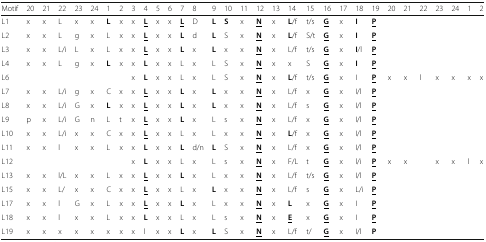
<table><thead><tr><td><b>Motif</b></td><td><b>20</b></td><td><b>21</b></td><td><b>22</b></td><td><b>23</b></td><td><b>24</b></td><td><b>1</b></td><td><b>2</b></td><td><b>3</b></td><td><b>4</b></td><td><b>5</b></td><td><b>6</b></td><td><b>7</b></td><td><b>8</b></td><td><b>9</b></td><td><b>10</b></td><td><b>11</b></td><td><b>12</b></td><td><b>13</b></td><td><b>14</b></td><td><b>15</b></td><td><b>16</b></td><td><b>17</b></td><td><b>18</b></td><td><b>19</b></td><td><b>20</b></td><td><b>21</b></td><td><b>22</b></td><td><b>23</b></td><td><b>24</b></td><td><b>1</b></td><td><b>2</b></td></tr></thead><tbody><tr><td>L1</td><td>x</td><td>x</td><td>L</td><td>x</td><td>x</td><td><b>L</b></td><td>x</td><td>x</td><td><b><underline>L</underline></b></td><td>x</td><td>x</td><td><b><underline>L</underline></b></td><td>D</td><td><b>L</b></td><td><b>S</b></td><td>x</td><td><b><underline>N</underline></b></td><td>x</td><td><b>L</b>/f</td><td>t/s</td><td><b><underline>G</underline></b></td><td>x</td><td><b>I</b></td><td><b><underline>P</underline></b></td><td>[EMPTY_CELL]</td><td>[EMPTY_CELL]</td><td>[EMPTY_CELL]</td><td>[EMPTY_CELL]</td><td>[EMPTY_CELL]</td><td>[EMPTY_CELL]</td><td>[EMPTY_CELL]</td></tr><tr><td>L2</td><td>x</td><td>x</td><td>L</td><td>g</td><td>x</td><td>L</td><td>x</td><td>x</td><td><b><underline>L</underline></b></td><td>x</td><td>x</td><td><b>L</b></td><td>d</td><td><b>L</b></td><td>S</td><td>x</td><td><b><underline>N</underline></b></td><td>x</td><td><b>L</b>/f</td><td>S/t</td><td><b><underline>G</underline></b></td><td>x</td><td><b>I</b></td><td><b><underline>P</underline></b></td><td>[EMPTY_CELL]</td><td>[EMPTY_CELL]</td><td>[EMPTY_CELL]</td><td>[EMPTY_CELL]</td><td>[EMPTY_CELL]</td><td>[EMPTY_CELL]</td><td>[EMPTY_CELL]</td></tr><tr><td>L3</td><td>x</td><td>x</td><td>L/i</td><td>L</td><td>x</td><td>L</td><td>x</td><td>x</td><td><b><underline>L</underline></b></td><td>x</td><td>x</td><td><b>L</b></td><td>x</td><td><b>L</b></td><td>x</td><td>x</td><td><b><underline>N</underline></b></td><td>x</td><td>L/f</td><td>t/s</td><td><b><underline>G</underline></b></td><td>x</td><td><b>I</b>/l</td><td><b><underline>P</underline></b></td><td>[EMPTY_CELL]</td><td>[EMPTY_CELL]</td><td>[EMPTY_CELL]</td><td>[EMPTY_CELL]</td><td>[EMPTY_CELL]</td><td>[EMPTY_CELL]</td><td>[EMPTY_CELL]</td></tr><tr><td>L4</td><td>x</td><td>x</td><td>L</td><td>g</td><td>x</td><td><b>L</b></td><td>x</td><td>x</td><td><b>L</b></td><td>x</td><td>x</td><td>L</td><td>x</td><td>L</td><td>S</td><td>x</td><td><b><underline>N</underline></b></td><td>x</td><td>x</td><td>S</td><td><b><underline>G</underline></b></td><td>x</td><td><b>I</b></td><td><b><underline>P</underline></b></td><td>[EMPTY_CELL]</td><td>[EMPTY_CELL]</td><td>[EMPTY_CELL]</td><td>[EMPTY_CELL]</td><td>[EMPTY_CELL]</td><td>[EMPTY_CELL]</td><td>[EMPTY_CELL]</td></tr><tr><td>L6</td><td>[EMPTY_CELL]</td><td>[EMPTY_CELL]</td><td>[EMPTY_CELL]</td><td>[EMPTY_CELL]</td><td>[EMPTY_CELL]</td><td>[EMPTY_CELL]</td><td>[EMPTY_CELL]</td><td>x</td><td><b>L</b></td><td>x</td><td>x</td><td>L</td><td>x</td><td>L</td><td>S</td><td>x</td><td><b><underline>N</underline></b></td><td>x</td><td><b>L</b>/f</td><td>t/s</td><td><b><underline>G</underline></b></td><td>x</td><td>I</td><td><b><underline>P</underline></b></td><td>x</td><td>x</td><td>l</td><td>x</td><td>x</td><td>x</td><td>x</td></tr><tr><td>L7</td><td>x</td><td>x</td><td>L/i</td><td>g</td><td>x</td><td>C</td><td>x</td><td>x</td><td><b><underline>L</underline></b></td><td>x</td><td>x</td><td><b>L</b></td><td>x</td><td><b>L</b></td><td>x</td><td>x</td><td><b><underline>N</underline></b></td><td>x</td><td>L/f</td><td>x</td><td><b><underline>G</underline></b></td><td>x</td><td>I/l</td><td><b><underline>P</underline></b></td><td>[EMPTY_CELL]</td><td>[EMPTY_CELL]</td><td>[EMPTY_CELL]</td><td>[EMPTY_CELL]</td><td>[EMPTY_CELL]</td><td>[EMPTY_CELL]</td><td>[EMPTY_CELL]</td></tr><tr><td>L8</td><td>x</td><td>x</td><td>L/i</td><td>G</td><td>x</td><td><b>L</b></td><td>x</td><td>x</td><td><b><underline>L</underline></b></td><td>x</td><td>x</td><td><b>L</b></td><td>x</td><td><b>L</b></td><td>x</td><td>x</td><td><b><underline>N</underline></b></td><td>x</td><td>L/f</td><td>s</td><td><b><underline>G</underline></b></td><td>x</td><td>I/l</td><td><b><underline>P</underline></b></td><td>[EMPTY_CELL]</td><td>[EMPTY_CELL]</td><td>[EMPTY_CELL]</td><td>[EMPTY_CELL]</td><td>[EMPTY_CELL]</td><td>[EMPTY_CELL]</td><td>[EMPTY_CELL]</td></tr><tr><td>L9</td><td>p</td><td>x</td><td>L/i</td><td>G</td><td>n</td><td>L</td><td>t</td><td>x</td><td><b><underline>L</underline></b></td><td>x</td><td>x</td><td><b>L</b></td><td>x</td><td>L</td><td>s</td><td>x</td><td><b><underline>N</underline></b></td><td>x</td><td>L/f</td><td>x</td><td><b><underline>G</underline></b></td><td>x</td><td>I/l</td><td><b><underline>P</underline></b></td><td>[EMPTY_CELL]</td><td>[EMPTY_CELL]</td><td>[EMPTY_CELL]</td><td>[EMPTY_CELL]</td><td>[EMPTY_CELL]</td><td>[EMPTY_CELL]</td><td>[EMPTY_CELL]</td></tr><tr><td>L10</td><td>x</td><td>x</td><td>L/i</td><td>x</td><td>x</td><td>C</td><td>x</td><td>x</td><td><b><underline>L</underline></b></td><td>x</td><td>x</td><td>L</td><td>x</td><td>L</td><td>x</td><td>x</td><td><b><underline>N</underline></b></td><td>x</td><td><b>L</b>/f</td><td>x</td><td><b><underline>G</underline></b></td><td>x</td><td>I/l</td><td><b><underline>P</underline></b></td><td>[EMPTY_CELL]</td><td>[EMPTY_CELL]</td><td>[EMPTY_CELL]</td><td>[EMPTY_CELL]</td><td>[EMPTY_CELL]</td><td>[EMPTY_CELL]</td><td>[EMPTY_CELL]</td></tr><tr><td>L11</td><td>x</td><td>x</td><td>l</td><td>x</td><td>x</td><td>L</td><td>x</td><td>x</td><td><b>L</b></td><td>x</td><td>x</td><td><b>L</b></td><td>d/n</td><td><b>L</b></td><td>S</td><td>x</td><td><b><underline>N</underline></b></td><td>x</td><td>L/f</td><td>x</td><td><b><underline>G</underline></b></td><td>x</td><td>I/l</td><td><b><underline>P</underline></b></td><td>[EMPTY_CELL]</td><td>[EMPTY_CELL]</td><td>[EMPTY_CELL]</td><td>[EMPTY_CELL]</td><td>[EMPTY_CELL]</td><td>[EMPTY_CELL]</td><td>[EMPTY_CELL]</td></tr><tr><td>L12</td><td>[EMPTY_CELL]</td><td>[EMPTY_CELL]</td><td>[EMPTY_CELL]</td><td>[EMPTY_CELL]</td><td>[EMPTY_CELL]</td><td>[EMPTY_CELL]</td><td>[EMPTY_CELL]</td><td>x</td><td><b>L</b></td><td>x</td><td>x</td><td>L</td><td>x</td><td>L</td><td>s</td><td>x</td><td><b><underline>N</underline></b></td><td>x</td><td>F/L</td><td>t</td><td><b><underline>G</underline></b></td><td>x</td><td>l/i</td><td><b><underline>P</underline></b></td><td>x</td><td>x</td><td>[EMPTY_CELL]</td><td>x</td><td>x</td><td>l</td><td>x</td></tr><tr><td>L13</td><td>x</td><td>x</td><td>l/L</td><td>x</td><td>x</td><td>L</td><td>x</td><td>x</td><td><b><underline>L</underline></b></td><td>x</td><td>x</td><td><b>L</b></td><td>x</td><td>L</td><td>x</td><td>x</td><td><b><underline>N</underline></b></td><td>x</td><td>L/f</td><td>t/s</td><td><b><underline>G</underline></b></td><td>x</td><td>I/l</td><td><b><underline>P</underline></b></td><td>[EMPTY_CELL]</td><td>[EMPTY_CELL]</td><td>[EMPTY_CELL]</td><td>[EMPTY_CELL]</td><td>[EMPTY_CELL]</td><td>[EMPTY_CELL]</td><td>[EMPTY_CELL]</td></tr><tr><td>L15</td><td>x</td><td>x</td><td>L/</td><td>x</td><td>x</td><td>C</td><td>x</td><td>x</td><td><b><underline>L</underline></b></td><td>x</td><td>x</td><td>L</td><td>x</td><td><b>L</b></td><td>x</td><td>x</td><td><b><underline>N</underline></b></td><td>x</td><td>L/f</td><td>s</td><td><b><underline>G</underline></b></td><td>x</td><td>L/i</td><td><b><underline>P</underline></b></td><td>[EMPTY_CELL]</td><td>[EMPTY_CELL]</td><td>[EMPTY_CELL]</td><td>[EMPTY_CELL]</td><td>[EMPTY_CELL]</td><td>[EMPTY_CELL]</td><td>[EMPTY_CELL]</td></tr><tr><td>L17</td><td>x</td><td>x</td><td>l</td><td>G</td><td>x</td><td>L</td><td>x</td><td>x</td><td><b><underline>L</underline></b></td><td>x</td><td>x</td><td><b>L</b></td><td>x</td><td>L</td><td>x</td><td>x</td><td><b><underline>N</underline></b></td><td>x</td><td><b>L</b></td><td>x</td><td><b><underline>G</underline></b></td><td>x</td><td>I</td><td><b><underline>P</underline></b></td><td>[EMPTY_CELL]</td><td>[EMPTY_CELL]</td><td>[EMPTY_CELL]</td><td>[EMPTY_CELL]</td><td>[EMPTY_CELL]</td><td>[EMPTY_CELL]</td><td>[EMPTY_CELL]</td></tr><tr><td>L18</td><td>x</td><td>x</td><td>l</td><td>x</td><td>x</td><td>L</td><td>x</td><td>x</td><td><b>L</b></td><td>x</td><td>x</td><td>L</td><td>x</td><td>L</td><td>s</td><td>x</td><td><b><underline>N</underline></b></td><td>x</td><td><b><underline>E</underline></b></td><td>x</td><td><b><underline>G</underline></b></td><td>x</td><td>I</td><td><b><underline>P</underline></b></td><td>[EMPTY_CELL]</td><td>[EMPTY_CELL]</td><td>[EMPTY_CELL]</td><td>[EMPTY_CELL]</td><td>[EMPTY_CELL]</td><td>[EMPTY_CELL]</td><td>[EMPTY_CELL]</td></tr><tr><td>L19</td><td>x</td><td>x</td><td>x</td><td>x</td><td>x</td><td>x</td><td>x</td><td>x</td><td>l</td><td>x</td><td>x</td><td><b>L</b></td><td>x</td><td><b>L</b></td><td>S</td><td>x</td><td><b><underline>N</underline></b></td><td>x</td><td>L/f</td><td>t/</td><td><b><underline>G</underline></b></td><td>x</td><td>I/l</td><td><b>P</b></td><td>[EMPTY_CELL]</td><td>[EMPTY_CELL]</td><td>[EMPTY_CELL]</td><td>[EMPTY_CELL]</td><td>[EMPTY_CELL]</td><td>[EMPTY_CELL]</td><td>[EMPTY_CELL]</td></tr></tbody></table>